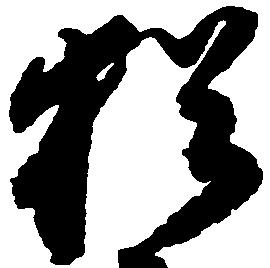
猶